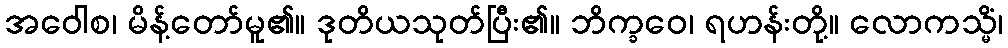
အဝေါစ၊ မိန့်တော်မူ၏။ ဒုတိယသုတ်ပြီး၏။ ဘိက္ခဝေ၊ ရဟန်းတို့။ လောကသ္မိံ၊